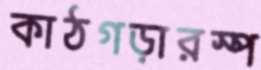
কাঠগড়ারস্প